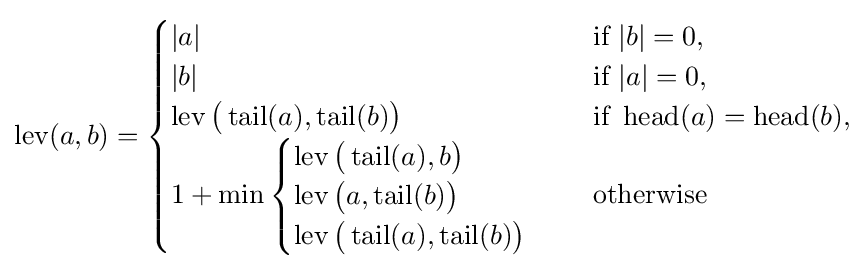
\operatorname {lev} (a,b)={\begin{cases}|a|&{\text{ if }}|b|=0,\\|b|&{\text{ if }}|a|=0,\\\operatorname {lev} {\big (}\operatorname {tail} (a),\operatorname {tail} (b){\big )}&{\text{ if }}\operatorname {head} (a)=\operatorname {head} (b),\\1+\min {\begin{cases}\operatorname {lev} {\big (}\operatorname {tail} (a),b{\big )}\\\operatorname {lev} {\big (}a,\operatorname {tail} (b){\big )}\\\operatorname {lev} {\big (}\operatorname {tail} (a),\operatorname {tail} (b){\big )}\\\end{cases}}&{\text{ otherwise}}\end{cases}}